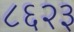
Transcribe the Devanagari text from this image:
८६२३